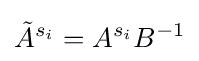
{\tilde {A}}^{s_{i}}=A^{s_{i}}B^{-1}